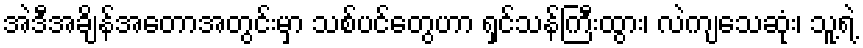
အဲဒီအချိန်အတောအတွင်းမှာ သစ်ပင်တွေဟာ ရှင်သန်ကြီးထွား၊ လဲကျသေဆုံး၊ သူ့ရဲ့